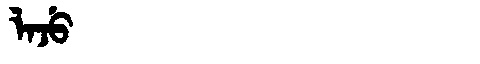
Manchu: ᠯᠠᠵᡠ
Romanization: LAJU